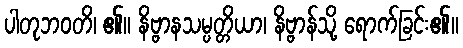
ပါတုဘဝတိ၊ ၏။ နိဗ္ဗာနသမ္ပတ္တိယာ၊ နိဗ္ဗာန်သို့ ရောက်ခြင်း၏။